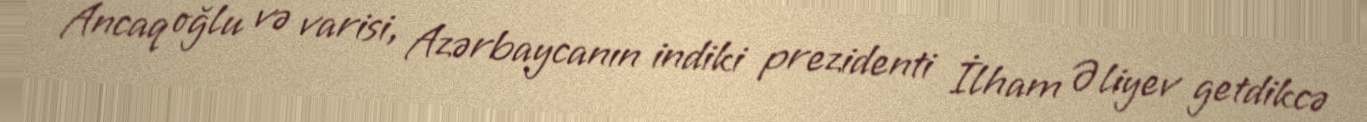
Ancaq oğlu və varisi, Azərbaycanın indiki prezidenti İlham Əliyev getdikcə